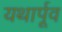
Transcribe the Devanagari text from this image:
यथार्पूव